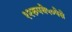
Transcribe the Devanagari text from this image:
१२रुपये५०पेसे